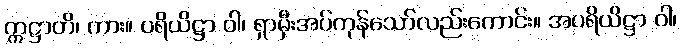
ဣဋ္ဌာတိ၊ ကား။ ပရိယိဋ္ဌာ ဝါ၊ ရှာမှီးအပ်ကုန်သော်လည်းကောင်း။ အပရိယိဋ္ဌာ ဝါ၊